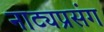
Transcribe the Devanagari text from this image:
नाट्यप्रसंग